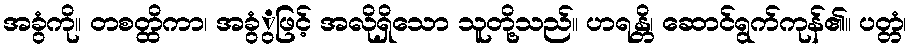
အခွံကို။ တစတ္ထိကာ၊ အခွံွဖြင့် အလိုရှိသော သူတို့သည်။ ဟရန္တိ၊ ဆောင်ရွက်ကုန်၏။ ပတ္တံ၊